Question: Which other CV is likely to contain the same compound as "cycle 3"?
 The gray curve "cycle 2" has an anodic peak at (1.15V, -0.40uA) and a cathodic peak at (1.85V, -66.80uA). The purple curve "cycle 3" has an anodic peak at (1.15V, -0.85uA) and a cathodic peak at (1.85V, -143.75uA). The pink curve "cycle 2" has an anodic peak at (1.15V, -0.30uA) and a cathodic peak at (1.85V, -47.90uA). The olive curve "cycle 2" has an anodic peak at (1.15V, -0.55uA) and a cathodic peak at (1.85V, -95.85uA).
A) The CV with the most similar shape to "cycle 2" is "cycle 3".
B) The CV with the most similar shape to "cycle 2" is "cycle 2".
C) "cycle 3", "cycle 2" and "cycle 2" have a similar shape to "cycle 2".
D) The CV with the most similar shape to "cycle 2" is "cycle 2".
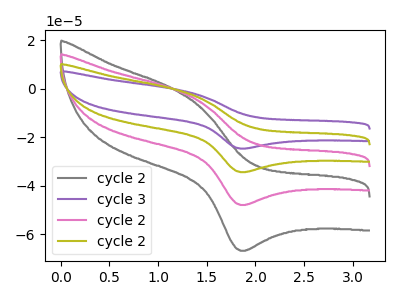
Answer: <think>All the peaks in "cycle 2" have a peak in "cycle 3" at the same potential. All the peaks in "cycle 2" have a peak in "cycle 2" at the same potential. All the peaks in "cycle 2" have a peak in "cycle 2" at the same potential. All the peaks in "cycle 3" have a peak in "cycle 2" at the same potential. All the peaks in "cycle 3" have a peak in "cycle 2" at the same potential. All the peaks in "cycle 2" have a peak in "cycle 2" at the same potential.
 </think>
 <answer>C) "cycle 3", "cycle 2" and "cycle 2" have a similar shape to "cycle 2".</answer>
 <eval>C</eval>